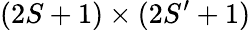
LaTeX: (2S+1)\times(2S^{\prime}+1)